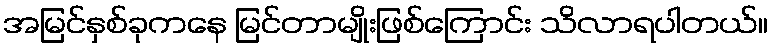
အမြင်နှစ်ခုကနေ မြင်တာမျိုးဖြစ်ကြောင်း သိလာရပါတယ်။